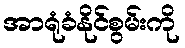
အာရုံခံနိုင်စွမ်းကို